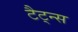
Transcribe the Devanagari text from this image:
टैट्न्स